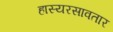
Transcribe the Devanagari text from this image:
हास्यरसावतार